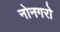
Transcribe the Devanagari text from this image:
नोनगरो